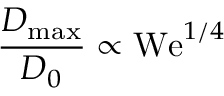
\frac { D _ { \mathrm { m a x } } } { D _ { 0 } } \propto \mathrm { W e } ^ { 1 / 4 }